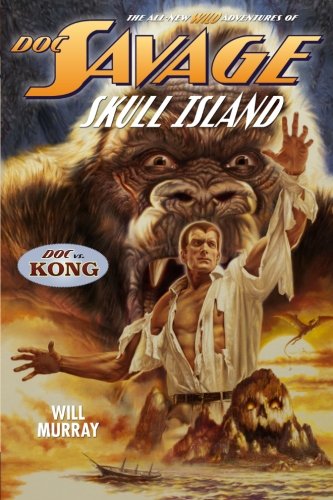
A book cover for Doc Savage: Skull Island; Will Murray; Science Fiction & Fantasy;